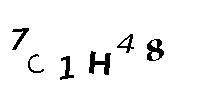
7C1H48